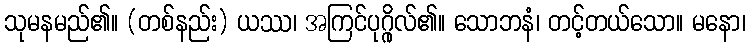
သုမနမည်၏။ (တစ်နည်း) ယဿ၊ အကြင်ပုဂ္ဂိုလ်၏။ သောဘနံ၊ တင့်တယ်သော။ မနော၊